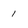
Character: 1